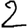
Digit: 2